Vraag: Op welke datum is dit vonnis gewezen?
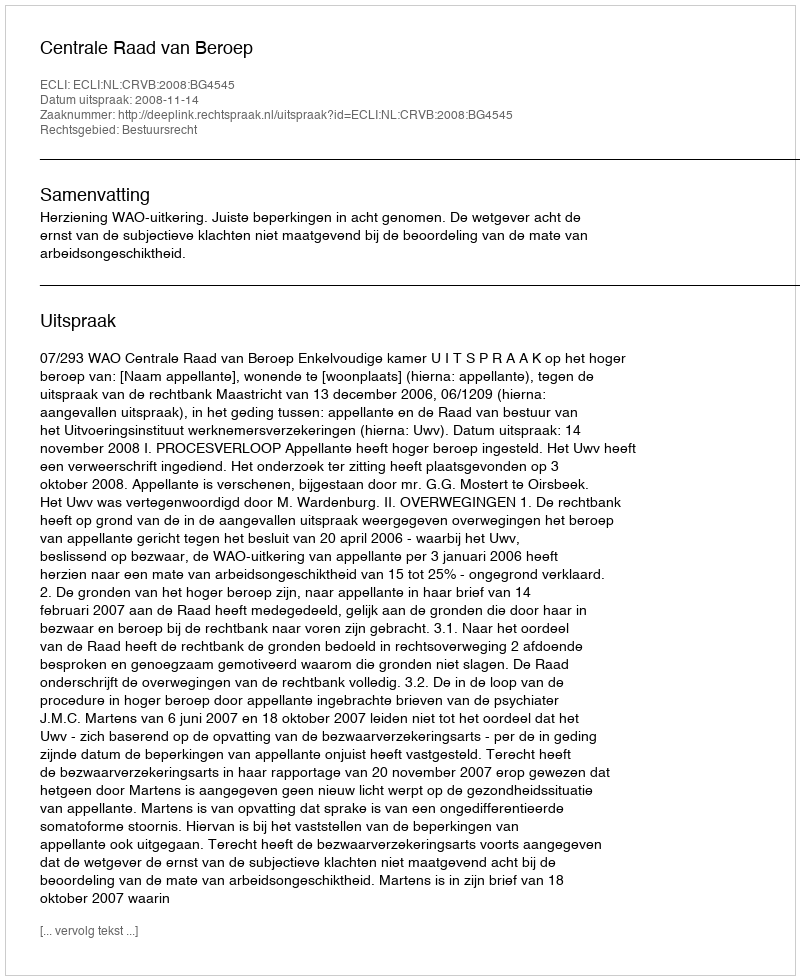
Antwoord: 2008-11-14